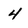
Character: 4